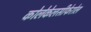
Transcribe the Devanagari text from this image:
कोलेकेलसीफेरोल